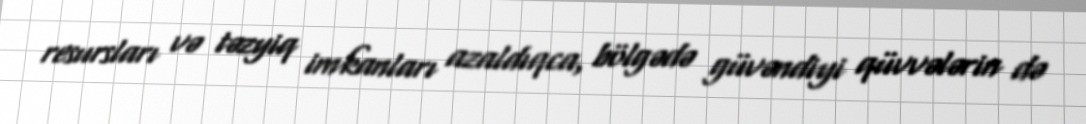
resursları və təzyiq imkanları azaldıqca, bölgədə güvəndiyi qüvvələrin də